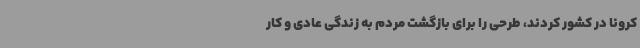
کرونا در کشور کردند، طرحی را برای بازگشت مردم به زندگی عادی و کار